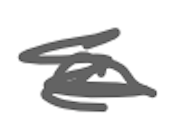
Text: a
Cross-out: scratch
Writing tool: digital_gray